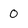
Character: 0